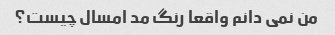
من نمی دانم واقعا رنگ مد امسال چیست؟